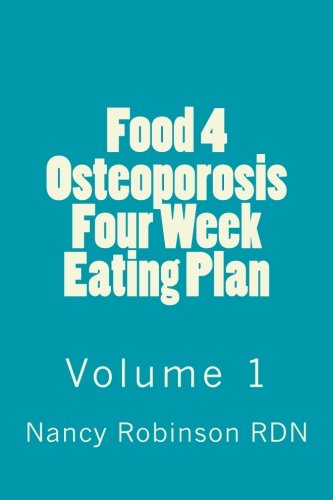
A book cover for Food 4 Osteoporosis Four Eating Plan Volume 1; Nancy Robinson RDN; Health, Fitness & Dieting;